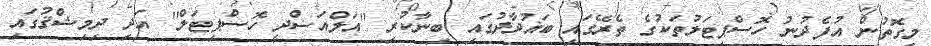
މިގޮތުން އުފެދުނު ހޮސްޕިޓަލުތަކުގެ ތެރޭގައި ބަޣުދާދުގައި ބިނާކުރި ''އަލްއަޟްދީ ހޮސްޕިޓަލް'' އަދި ދިމިޝްޤުގައި